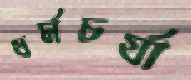
ধর্মচর্যা